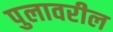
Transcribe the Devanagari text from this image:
पुलावरील